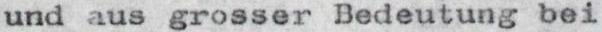
und aus grosser Bedeutung bei